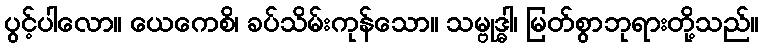
ပွင့်ပါလော။ ယေကေစိ၊ ခပ်သိမ်းကုန်သော။ သမ္ဗုဒ္ဓါ၊ မြတ်စွာဘုရားတို့သည်။